Vaccination in the Punjab 1883-1896 - 1883-1896
Year: 1883
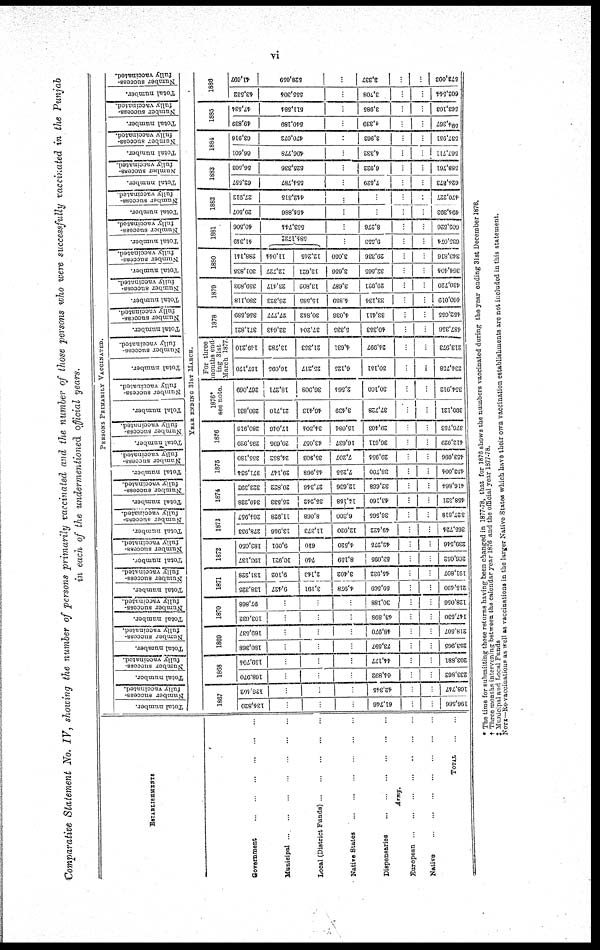
vi
Comparative Statement No. IV, showing the number of persons primarily vaccinated and the number of those persons who were successfully vaccinated in the Punjab
in each of the undermentioned official years.
ESTABLISHMENTS
Government
...
...
...
...
...
...
Municipal
...
...
...
...
...
...
Local (District Funds) ... ... ... ... ... ...
Native States
...
...
...
...
...
...
Dispensaries
...
...
...
...
...
...
Army.
European
...
...
...
...
...
...
Native
...
...
...
...
...
...
TOTAL
...
...
PERSONS PRIMARILY VACCINATED.
Total number.
Number success-
fully vaccinated.
Total number.
Number success-
fully vaccinated.
Total number.
Number success-
fully vaccinated.
Total number.
Number success-
fully vaccinated.
Total number.
Number success-
fully vaccinated.
Total number.
Number success-
fully vaccinated.
Total number.
Number success-
fully vaccinated.
Total number.
Number success-
fully vaccinated.
Total number.
Number success-
fully vaccinated.
Total number.
Number success-
fully vaccinated.
Total number.
Number success-
fully vaccinated.
Total number.
Number success-
fully vaccinated.
Total number.
Number success-
fully vaccinated.
Total number.
Number success-
fully vaccinated.
Total number.
Number success-
fully vaccinated.
Total number.
Number success-
fully vaccinated.
Total number.
Number success-
fully vaccinated.
Total number.
Number success-
fully vaccinated.
Total number.
Number success-
fully vaccinated.
Total number.
Number success-
fully vaccinated.
Total number.
Number success-
fully vaccinated.
YEAR ENDING 31ST MARCH.
1867
134,820
...
...
...
61,746
...
...
196,566
126,402
...
...
...
42,345
...
...
168,747
1868
168,970
...
...
...
64,892
...
...
233,862
159,704
...
...
...
44,177
...
...
203,881
1869
180,368
...
...
...
73,597
...
...
253,965
169,537
...
...
...
48,970
...
...
218,507
1870
103,632
...
...
...
43,898
...
...
147,530
97,868
...
...
...
30,188
...
...
128,056
1871
138,325
9,427
3,191
4,978
59,569
...
...
215,490
131,228
9,102
2,143
3,402
45,932
...
...
191,807
1872
193,137
10,921
740
8,159
53,095
...
...
266,052
183,050
9,091
610
4,520
42,275
...
...
239,546
1873
278,953
13,956
11,373
12,020
49,422
...
...
365,724
264,957
11,928
8,068
6,300
36,565
...
...
327,818
1874
340,228
25,533
35,242
14,158
43,160
...
...
458,321
323,392
20,822
27,346
12,636
32,668
...
...
416,864
1875
371,934
29,147
45,968
7,255
38,700
...
...
493,004
355,180
24,852
35,803
7,207
29,954
...
...
453,096
1876
295,920
20,695
43,057
16,637
36,611
...
...
412,929
280,916
17,046
34,304
15,084
29,403
...
...
376,753
1876*
see note.
280,831
21,710
46,413
3,439
37,728
...
...
390,121
267,069
18,271
36,908
2,564
30,100
...
...
354,912
For three
months end-
ing 31st
March 1877.
157,170
16,095
25,217
6,125
30,151
...
...
234,758
149,210
13,782
21,353
4,631
24,997
...
...
213,973
1878
371,821
32,643
37,204
5,335
40,353
...
...
487,356
356,589
27,777
30,842
4,036
33,411
...
...
452,655
1879
380,118
26,323
15,585
4,859
33,134
...
...
460,019
359,893
23,417
13,802
3,687
29,921
...
...
430,720
1880
301,835
12,727
13,621
3,656
32,565
...
...
364,404
288,141
11,044
12,245
3,050
29,336
...
...
343,816
1881
41,349
584,172‡
...
9,553
...
...
635,074
40,506
553,744
...
8,276
...
...
602,526
1882
29,507
464,886
...
...
...
...
494,393
27,912
442,315
...
...
...
...
470,227
1883
62,557
554,787
...
7,529
...
...
624,873
56,503
525,336
...
6,922
...
...
588,761
1884
66,601
496,778
...
4,332
...
...
567,711
63,916
470,072
...
3,963
...
...
537,951
1885
40,839
540,189
...
4,339
...
...
594,367
47,534
511,584
...
3,985
...
...
563,103
1886
43,532
555,304
...
3,708
...
...
602,544
41,697
528,059
...
3,337
...
...
573,093
* The time for submitting these returns having been changed in 1877-78, that for 1876 shows the numbers vaccinated during the year ending 31st December 1876.
† Three months intervening between the calendar year 1876 and the official year 1877-78.
‡ Municipal and Local Funds
NOTE—Re-vaccinations as well as vaccinations in the larger Native States which have their own vaccination establishments are not included in this statement.